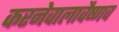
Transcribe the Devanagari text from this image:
करनेवालावैष्णव